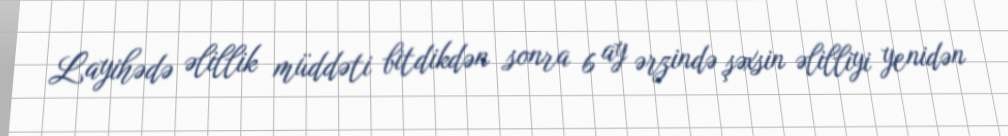
Layihədə əlillik müddəti bitdikdən sonra 6 ay ərzində şəxsin əlilliyi yenidən